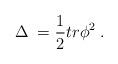
LaTeX: \begin{align*}\Delta \;=\frac 12tr\phi ^2\;. \end{align*}